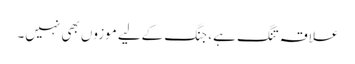
علاقہ تنگ ہے، جنگ کےلیے موزوں بھی نہیں۔